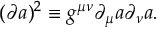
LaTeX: ( \partial a ) ^ { 2 } \equiv g ^ { \mu \nu } \partial _ { \mu } a \partial _ { \nu } a .